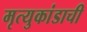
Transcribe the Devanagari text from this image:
मृत्युकांडाची